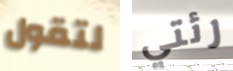
لتقول رئتي